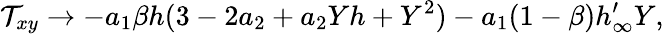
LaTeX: \mathcal{T}_{xy}\to-a_{1}\beta h(3-2a_{2}+a_{2}Yh+Y^{2})-a_{1}(1-\beta)h_{\infty}^{\prime}Y,